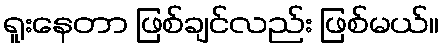
ရူးနေတာ ဖြစ်ချင်လည်း ဖြစ်မယ်။